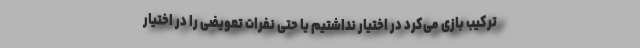
ترکیب بازی می‌کرد در اختیار نداشتیم یا حتی نفرات تعویضی را در اختیار